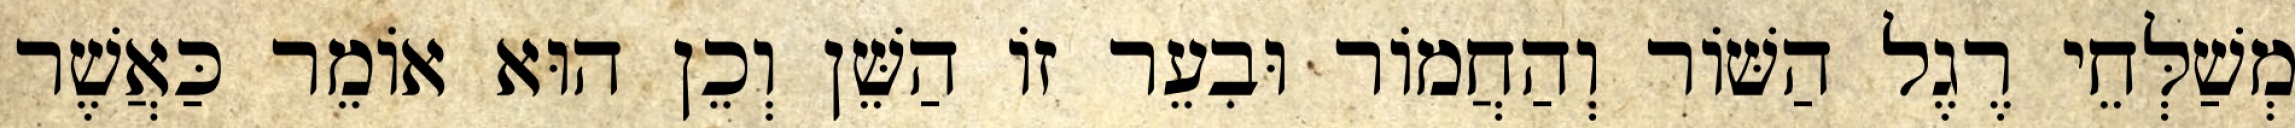
מְשַׁלְּחֵי רֶגֶל הַשּׁוֹר וְהַחֲמוֹר וּבִעֵר זוֹ הַשֵּׁן וְכֵן הוּא אוֹמֵר כַּאֲשֶׁר